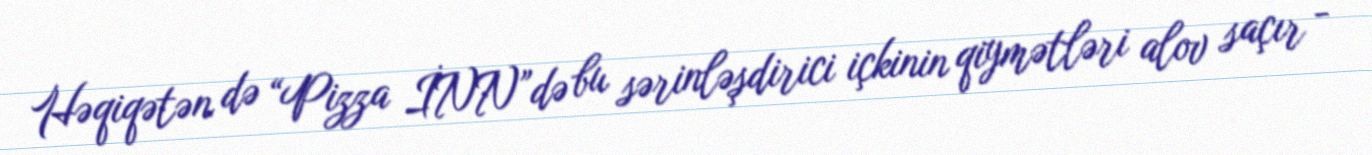
Həqiqətən də “Pizza İNN”də bu sərinləşdirici içkinin qiymətləri alov saçır -